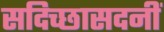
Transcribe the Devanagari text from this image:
सदिच्छासदनीं